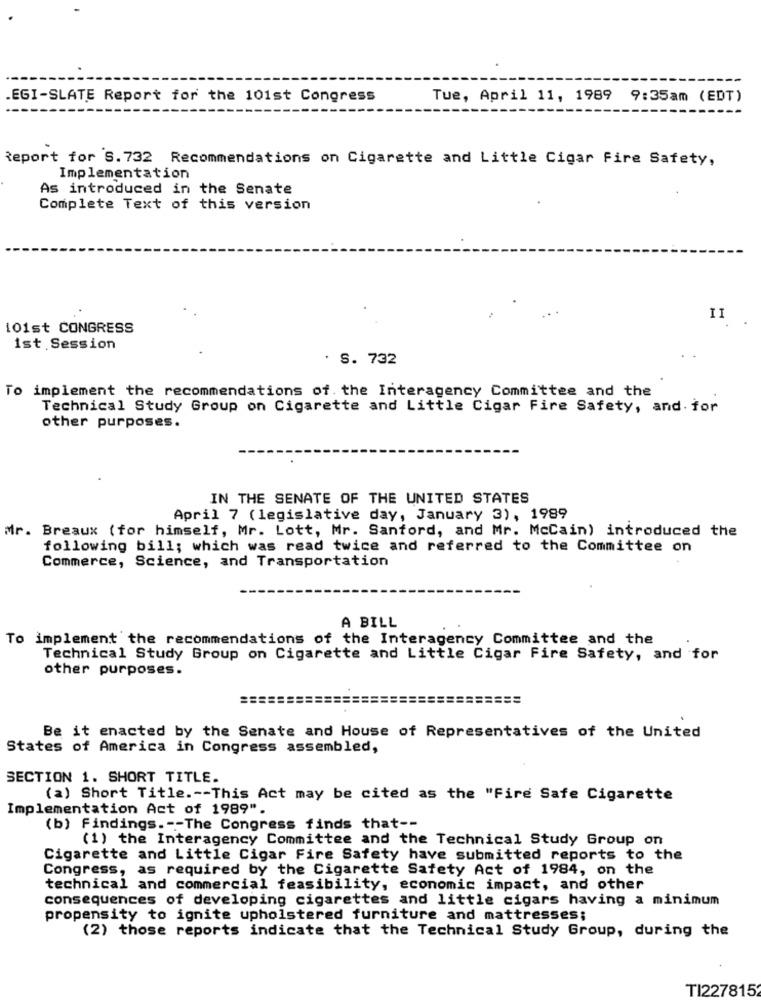
.EGI-SLATE Report for the 101st Congress
Tue, April 11, 1989 9:35am (EDT)
Report for S. 732 Recommendations on Cigarette and Little Cigar Fire Safety,
Implementation
As introduced in the Senate
Complete Text of this version
II
101st CONGRESS
1st. Session
. S. 732
To implement the recommendations of. the Interagency Committee and the
Technical Study Group on Cigarette and Little Cigar Fire Safety, and. for
other purposes.
IN THE SENATE OF THE UNITED STATES
April 7 (legislative day, January 3), 1989
Mr. Breaux (for himself, Mr. Lott, Mr. Sanford, and Mr. McCain) introduced the
following bill; which was read twice and referred to the Committee on
Commerce, Science, and Transportation
A BILL
To implement the recommendations of the Interagency Committee and the
Technical Study Group on Cigarette and Little Cigar Fire Safety, and for
other purposes.
===============
================
Be it enacted by the Senate and House of Representatives of the United
States of America in Congress assembled,
SECTION 1. SHORT TITLE.
(a) Short Title .-- This Act may be cited as the "Fire Safe Cigarette
Implementation Act of 1989".
(b) findings .-- The Congress finds that --
(1) the Interagency Committee and the Technical Study Group on
Cigarette and Little Cigar Fire Safety have submitted reports to the
Congress, as required by the Cigarette Safety Act of 1984, on the
technical and commercial feasibility, economic impact, and other
consequences of developing cigarettes and little cigars having a minimum
propensity to ignite upholstered furniture and mattresses;
(2) those reports indicate that the Technical Study Group, during the
TI2278152